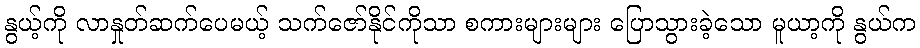
နွယ့်ကို လာနှုတ်ဆက်ပေမယ့် သက်ဇော်နိုင်ကိုသာ စကားများများ ပြောသွားခဲ့သော မူယာ့ကို နွယ်က